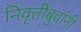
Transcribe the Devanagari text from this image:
निवृत्तीबुवांनी